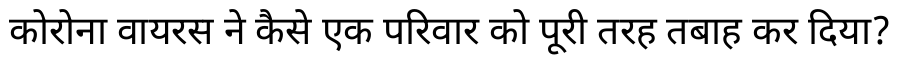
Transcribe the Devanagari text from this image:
कोरोना वायरस ने कैसे एक परिवार को पूरी तरह तबाह कर दिया?